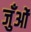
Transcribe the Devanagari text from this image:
जुँओं